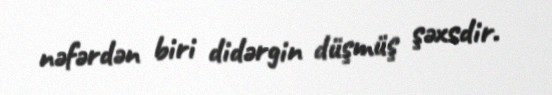
nəfərdən biri didərgin düşmüş şəxsdir.